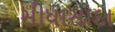
સીધાસાદા